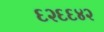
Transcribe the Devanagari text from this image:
६२६६४२